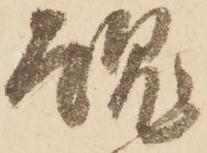
魂